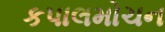
કપાલમોચન